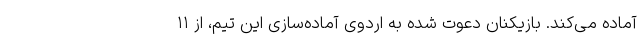
آماده می‌کند. بازیکنان دعوت شده به اردوی آماده‌سازی این تیم، از ۱۱